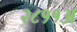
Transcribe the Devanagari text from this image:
२८११अ